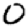
Digit: 0